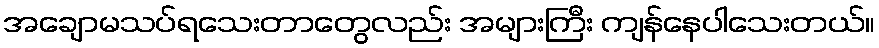
အချောမသပ်ရသေးတာတွေလည်း အများကြီး ကျန်နေပါသေးတယ်။